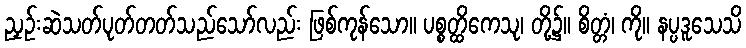
ညှဉ်းဆဲသတ်ပုတ်တတ်သည်သော်လည်း ဖြစ်ကုန်သော။ ပစ္စတ္ထိကေသု၊ တို့၌။ စိတ္တံ၊ ကို။ နပ္ပဒူသေသိ